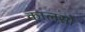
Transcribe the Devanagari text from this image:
कालसो